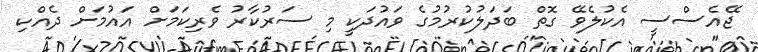
ޖޭއެސްސީ އެކުލެވޭ ގޮތް ބަދަލުކުރުމުގެ ވައުދަކީ މި ސަރުކާރު ވެރިކަމަށް އައުމަށް ދެއްކި